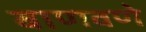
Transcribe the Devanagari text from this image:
बाणवणे